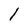
Character: l